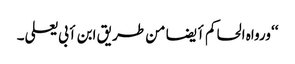
‘‘ ورواہ الحاکم أیضا من طریق ابن أبی یعلی۔